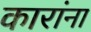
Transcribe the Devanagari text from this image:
कारांना